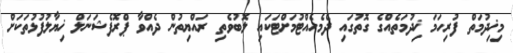
މިޚިދުމަތް ފުރިހަމަ ޚިދުމަތެއްގެ ގޮތުގައި ދެމެހެއްޓުމަށްޓަކައި ލޮބުވެތި ރައްޔިތުން ދެއްވާ ޕްރޮފެޝަނަލް ޚިޔާލުފުޅުތަކަށް